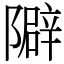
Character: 隦